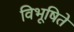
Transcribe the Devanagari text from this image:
विभूषिते